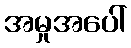
အမှုအပေါ်